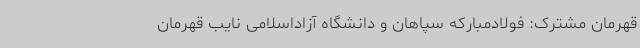
قهرمان مشترک: فولادمبارکه سپاهان و دانشگاه آزاداسلامی نایب قهرمان